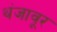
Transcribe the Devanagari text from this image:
थंजावूर